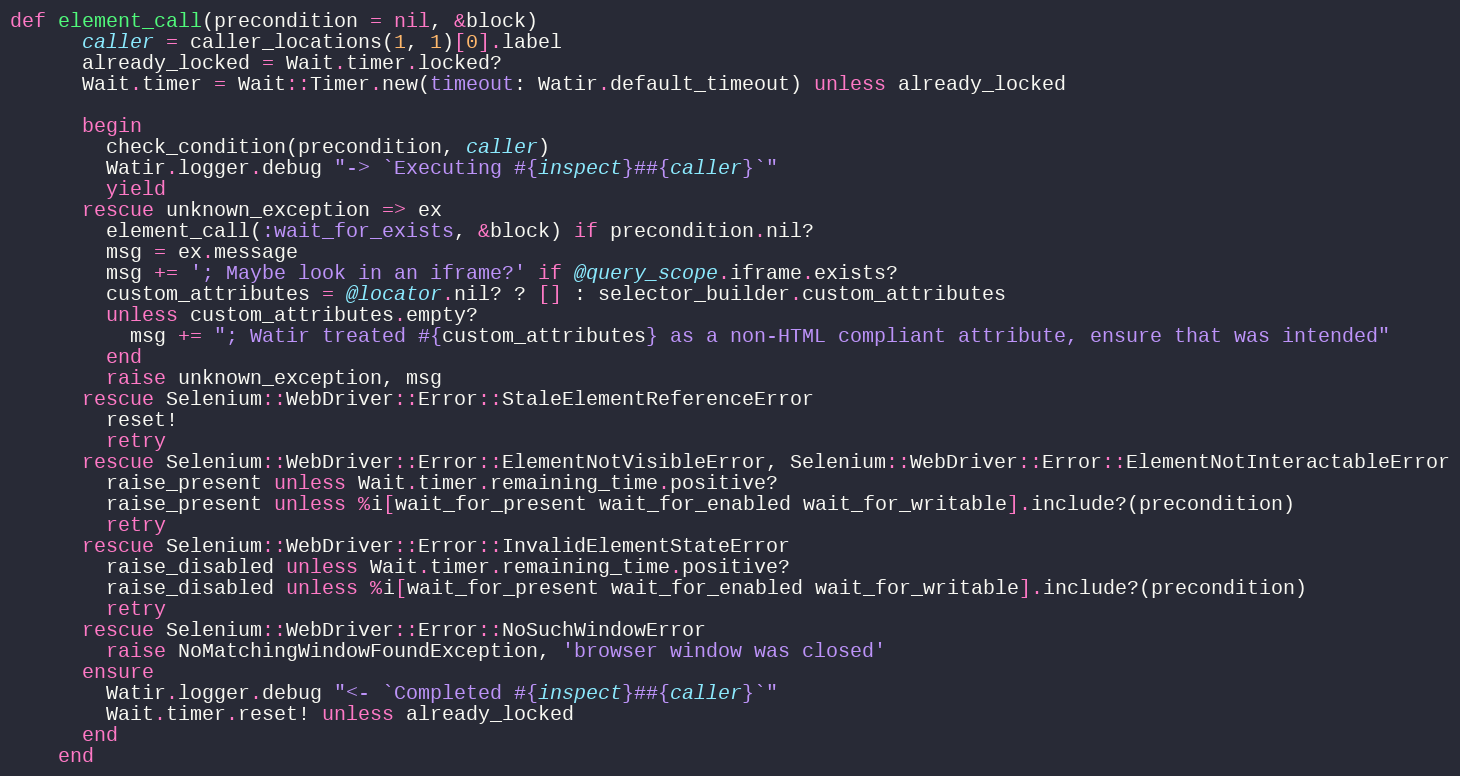
Language: Ruby
def element_call(precondition = nil, &block)
      caller = caller_locations(1, 1)[0].label
      already_locked = Wait.timer.locked?
      Wait.timer = Wait::Timer.new(timeout: Watir.default_timeout) unless already_locked

      begin
        check_condition(precondition, caller)
        Watir.logger.debug "-> `Executing #{inspect}##{caller}`"
        yield
      rescue unknown_exception => ex
        element_call(:wait_for_exists, &block) if precondition.nil?
        msg = ex.message
        msg += '; Maybe look in an iframe?' if @query_scope.iframe.exists?
        custom_attributes = @locator.nil? ? [] : selector_builder.custom_attributes
        unless custom_attributes.empty?
          msg += "; Watir treated #{custom_attributes} as a non-HTML compliant attribute, ensure that was intended"
        end
        raise unknown_exception, msg
      rescue Selenium::WebDriver::Error::StaleElementReferenceError
        reset!
        retry
      rescue Selenium::WebDriver::Error::ElementNotVisibleError, Selenium::WebDriver::Error::ElementNotInteractableError
        raise_present unless Wait.timer.remaining_time.positive?
        raise_present unless %i[wait_for_present wait_for_enabled wait_for_writable].include?(precondition)
        retry
      rescue Selenium::WebDriver::Error::InvalidElementStateError
        raise_disabled unless Wait.timer.remaining_time.positive?
        raise_disabled unless %i[wait_for_present wait_for_enabled wait_for_writable].include?(precondition)
        retry
      rescue Selenium::WebDriver::Error::NoSuchWindowError
        raise NoMatchingWindowFoundException, 'browser window was closed'
      ensure
        Watir.logger.debug "<- `Completed #{inspect}##{caller}`"
        Wait.timer.reset! unless already_locked
      end
    end